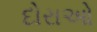
દોરાઓ